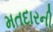
મતદારની